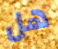
هل